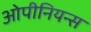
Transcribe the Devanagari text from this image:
ओपीनियन्स